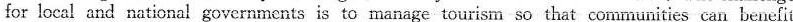
for local and national governments is to manage tourism so that communities can benefit